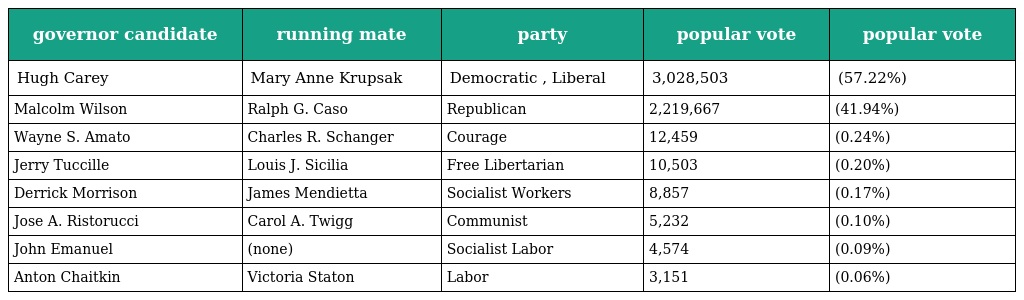
| governor candidate | running mate | party | popular vote | popular vote |
 | --- | --- | --- | --- | --- |
 | Hugh Carey | Mary Anne Krupsak | Democratic , Liberal | 3,028,503 | (57.22%) |
 | Malcolm Wilson | Ralph G. Caso | Republican | 2,219,667 | (41.94%) |
 | Wayne S. Amato | Charles R. Schanger | Courage | 12,459 | (0.24%) |
 | Jerry Tuccille | Louis J. Sicilia | Free Libertarian | 10,503 | (0.20%) |
 | Derrick Morrison | James Mendietta | Socialist Workers | 8,857 | (0.17%) |
 | Jose A. Ristorucci | Carol A. Twigg | Communist | 5,232 | (0.10%) |
 | John Emanuel | (none) | Socialist Labor | 4,574 | (0.09%) |
 | Anton Chaitkin | Victoria Staton | Labor | 3,151 | (0.06%) |